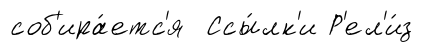
соб'ира́етс'я Ссы́лк'и Р'ел'и́з